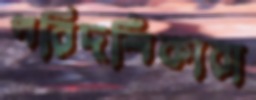
পরিদর্শিকারা